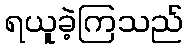
ရယူခဲ့ကြသည်